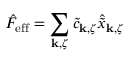
\hat { F } _ { \mathrm { e f f } } = \sum _ { { \bf k } , \zeta } \tilde { c } _ { { \bf k } , \zeta } \hat { \tilde { x } } _ { { \bf k } , \zeta }